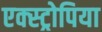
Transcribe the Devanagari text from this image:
एक्स्ट्रोपिया